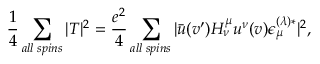
{ \frac { 1 } { 4 } } \sum _ { a l l \; s p i n s } | T | ^ { 2 } = { \frac { e ^ { 2 } } { 4 } } \sum _ { a l l \; s p i n s } | \bar { u } ( v ^ { \prime } ) H _ { \nu } ^ { \mu } u ^ { \nu } ( v ) \epsilon _ { \mu } ^ { ( \lambda ) * } | ^ { 2 } ,